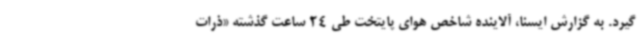
گیرد. به گزارش ایسنا، آلاینده شاخص هوای پایتخت طی 24 ساعت گذشته «ذرات